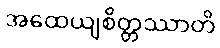
အထေယျစိတ္တဿာတိ